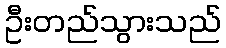
ဦးတည်သွားသည်